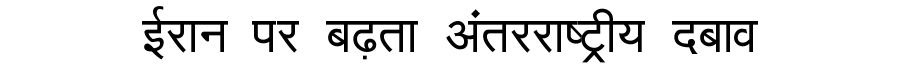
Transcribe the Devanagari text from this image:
ईरान पर बढ़ता अंतरराष्ट्रीय दबाव